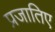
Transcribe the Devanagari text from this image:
प्रजातिए